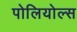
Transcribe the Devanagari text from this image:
पोलियोल्स